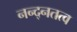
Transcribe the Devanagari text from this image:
नन्द्नतत्व